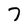
Character: 7